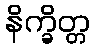
နိက္ခိတ္တ